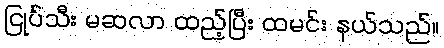
ငြုပ်သီး မဆလာ ထည့်ပြီး ထမင်း နယ်သည်။